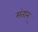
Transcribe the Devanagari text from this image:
संतान्